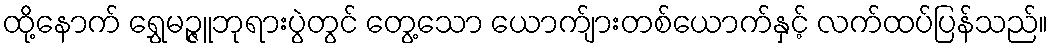
ထို့နောက် ရွှေမဉ္ဇူဘုရားပွဲတွင် တွေ့သော ယောက်ျားတစ်ယောက်နှင့် လက်ထပ်ပြန်သည်။